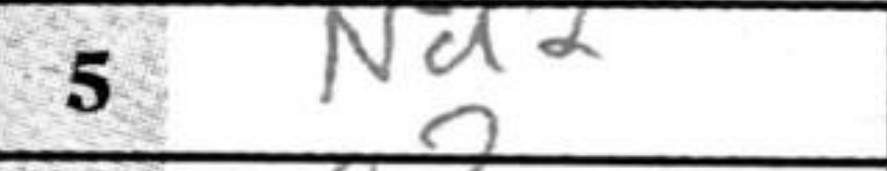
Transcription: Nd2